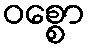
ဝစ္စော